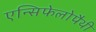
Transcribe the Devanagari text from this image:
एन्सिफेलोपैथी